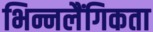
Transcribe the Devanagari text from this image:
भिन्नलैंगिकता